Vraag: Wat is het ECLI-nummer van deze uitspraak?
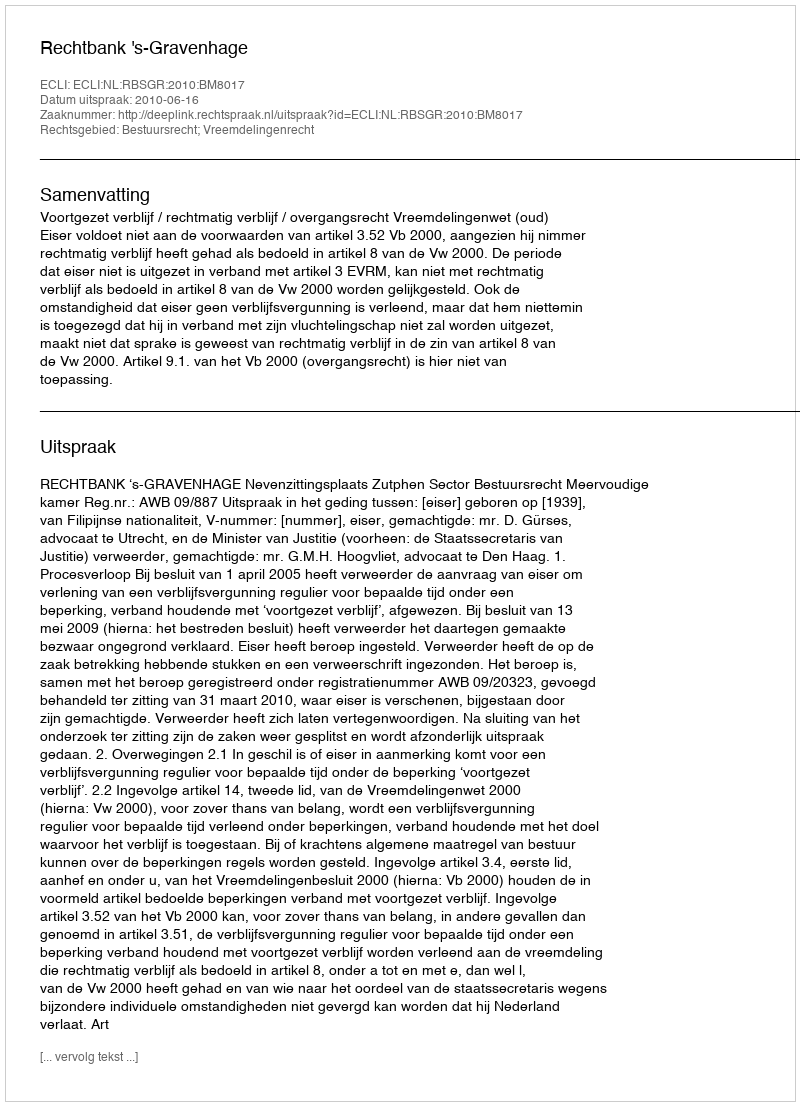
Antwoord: ECLI:NL:RBSGR:2010:BM8017